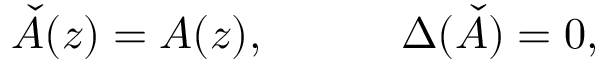
{ \check { A } } ( z ) = A ( z ) , ~ ~ ~ ~ ~ ~ ~ ~ ~ \Delta ( \check { A } ) = 0 ,